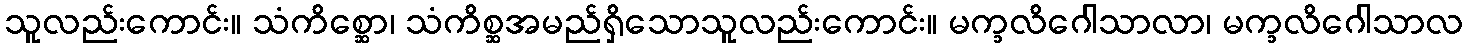
သူလည်းကောင်း။ သံကိစ္ဆော၊ သံကိစ္ဆအမည်ရှိသောသူလည်းကောင်း။ မက္ခလိဂေါသာလာ၊ မက္ခလိဂေါသာလ